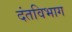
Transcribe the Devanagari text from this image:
दंतविभाग